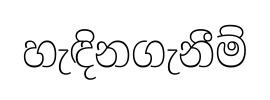
හැඳිනගැනීම්